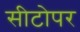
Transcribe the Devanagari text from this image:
सीटोपर